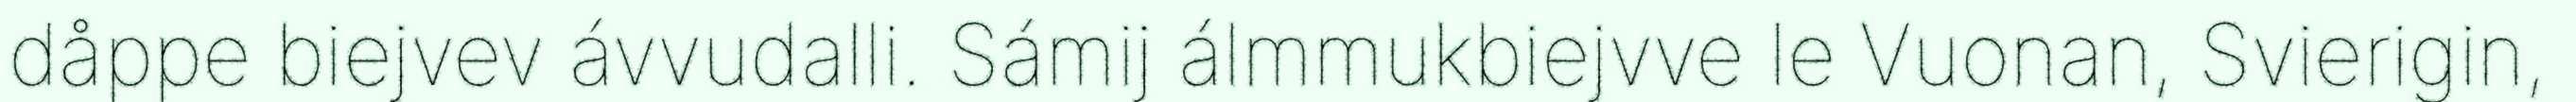
dåppe biejvev ávvudalli. Sámij álmmukbiejvve le Vuonan, Svierigin,